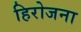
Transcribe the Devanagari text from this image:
हिरोजना